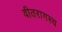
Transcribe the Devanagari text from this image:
वीतरागस्य